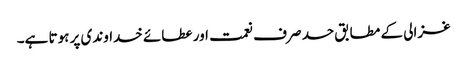
غزالی کے مطابق حسد صرف نعمت اور عطائے خداوندی پر ہوتا ہے۔